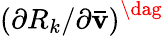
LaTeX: {\left({\partial{R_{k}}/\partial{\mathbf{\bar{v}}}}\right)^{\dag}}